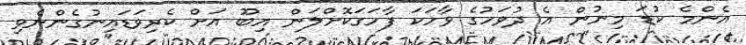
އެންމެ ކުޑަ މިނުން އެ ދުވަހުގެ ވާހަކަ ފާހަގަކޮށްލަން އިބޫ އަށް ކެރިވަޑައިނުގެންނެވި